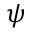
\psi